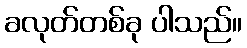
ခလုတ်တစ်ခု ပါသည်။